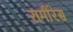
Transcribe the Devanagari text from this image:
रामीरेस